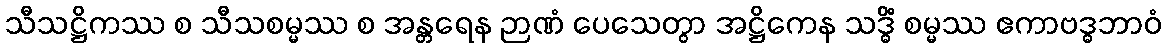
သီသဋ္ဌိကဿ စ သီသစမ္မဿ စ အန္တရေန ဉာဏံ ပေသေတွာ အဋ္ဌိကေန သဒ္ဓိံ စမ္မဿ ဧကာဗဒ္ဓဘာဝံ